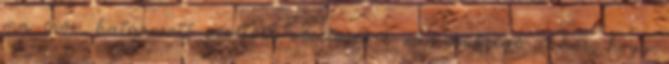
ma erõs, határozott vezetõre vezetõségre van szüksége ahhoz, hogy